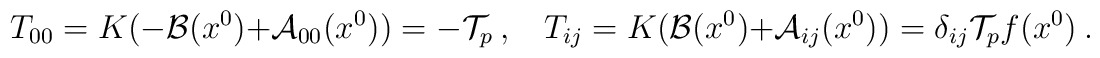
T_{00}=K(-{\cal B}(x^0)+{\cal A}_{00}(x^0))=-{\cal T}_p ~, ~~~~T_{ij}=K({\cal B}(x^0)+{\cal A}_{ij}(x^0))=\delta_{ij} {\cal T}_p f(x^0)~.